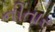
નીતાર